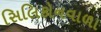
સિલિકોનવાળા